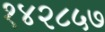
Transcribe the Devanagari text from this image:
१४२८५७